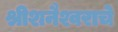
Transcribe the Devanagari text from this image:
श्रीशनैश्वराचे